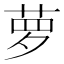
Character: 萝